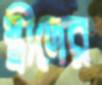
স্ত্রীদের